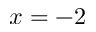
x = - 2